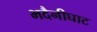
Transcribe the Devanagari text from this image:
भदैनीघाट